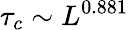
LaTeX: \tau_{c}\sim L^{0.881}